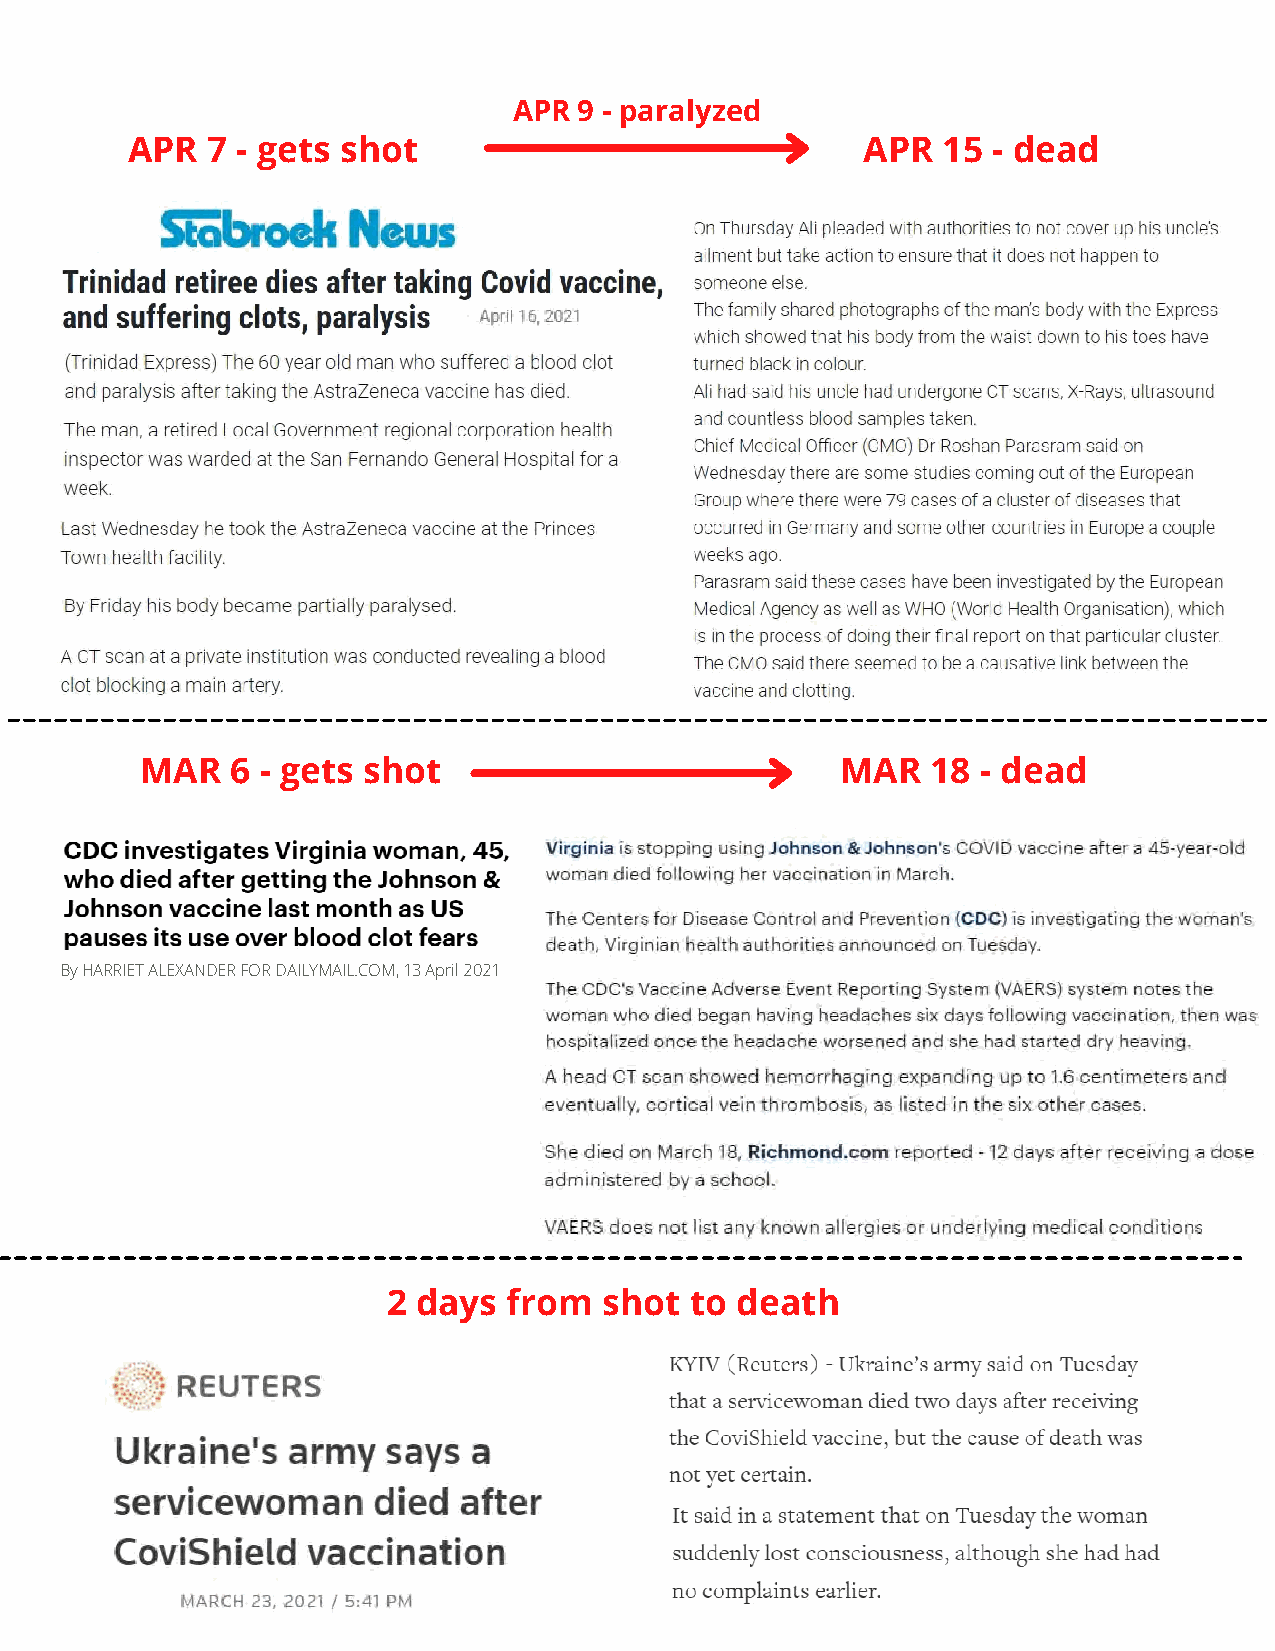
APR 9 - paralyzed
 APR   7 - gets shot                              APR  15  - dead
 MAR   6 - gets shot                            MAR   18 - dead
 By HARRIET ALEXANDER FOR DAILYMAIL.COM, 13 April 2021
 2 days  from  shot  to death